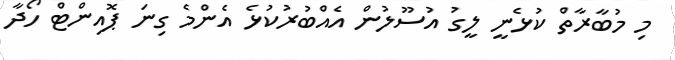
މި މުބާރާތް ކުޅެނީ ލީގު އުސޫލުން އެއްބުރުކުޅެ އެންމެ ގިނަ ޕޮއިންޓް ހޯދާ